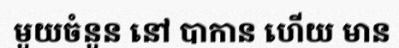
មួយចំនួន នៅ បាកាន ហើយ មាន